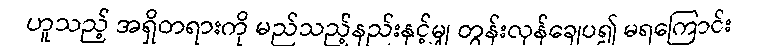
ဟူသည့် အရှိတရားကို မည်သည့်နည်းနှင့်မျှ တွန်းလှန်ချေပ၍ မရကြောင်း